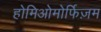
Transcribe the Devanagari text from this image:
होमिओमोर्फिज़म